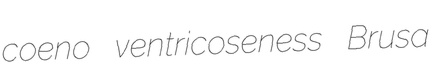
coeno ventricoseness Brusa